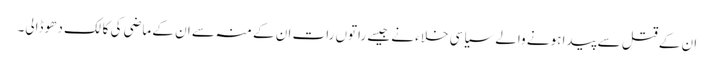
ان کے قتل سے پیدا ہونے والے سیاسی خلاء نے جیسے راتوں رات ان کے منہ سے ان کے ماضی کی کالک دھو ڈالی۔